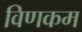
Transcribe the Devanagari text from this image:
विणकम